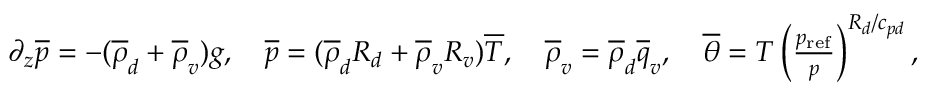
\begin{array} { r } { \partial _ { z } \overline { { p } } = - ( \overline { { \rho } } _ { d } + \overline { { \rho } } _ { v } ) g , \quad \overline { { p } } = ( \overline { { \rho } } _ { d } R _ { d } + \overline { { \rho } } _ { v } R _ { v } ) \overline { { T } } , \quad \overline { { \rho } } _ { v } = \overline { { \rho } } _ { d } \overline { { q } } _ { v } , \quad \overline { { \theta } } = T \left( \frac { p _ { \mathrm { r e f } } } { p } \right) ^ { R _ { d } / c _ { p d } } , } \end{array}